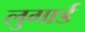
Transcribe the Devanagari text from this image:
लुगार्ड